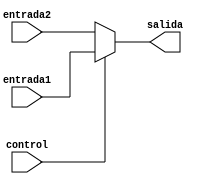
module S1L3B(entrada1, entrada2, control, salida);

	input entrada1, entrada2, control;
	output salida;
	
	assign salida = (control) ? entrada1 : entrada2;
	
endmodule